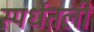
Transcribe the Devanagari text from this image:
स्पर्धेतली